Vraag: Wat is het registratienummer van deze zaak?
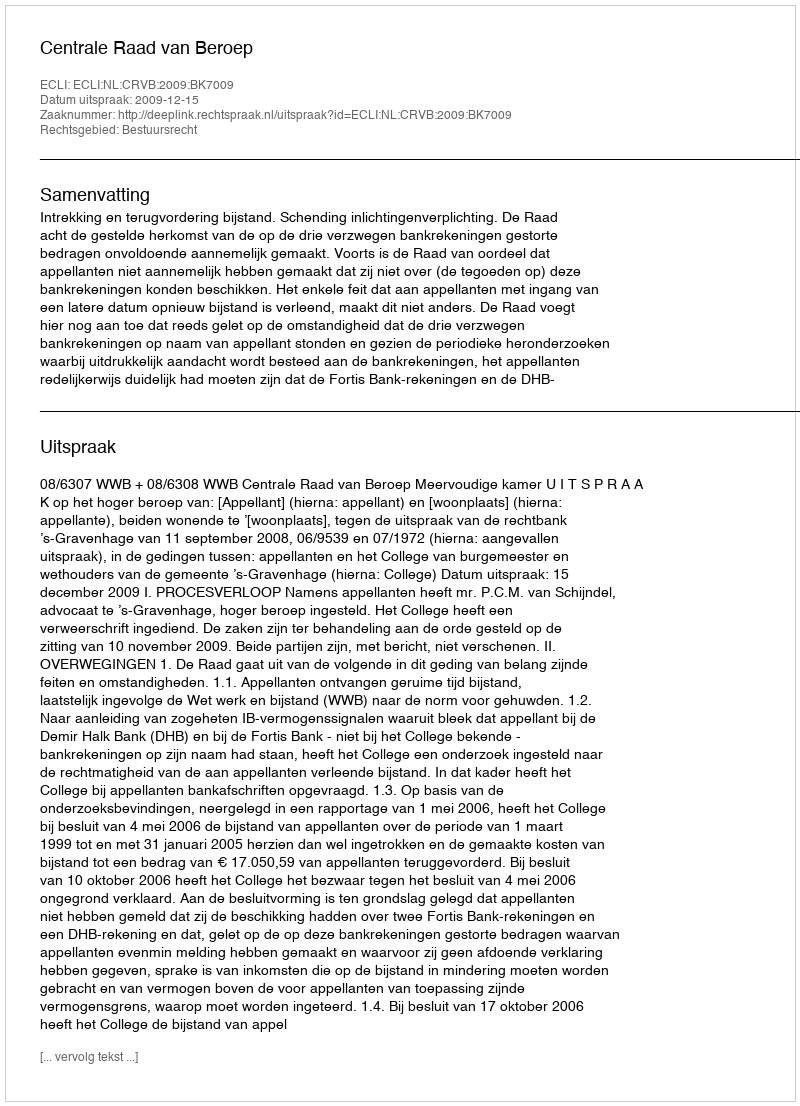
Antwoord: http://deeplink.rechtspraak.nl/uitspraak?id=ECLI:NL:CRVB:2009:BK7009